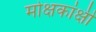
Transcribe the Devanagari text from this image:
मोक्षकांक्षी